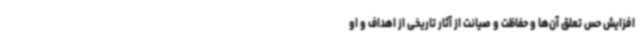
افزایش حس تعلق آن‌ها و حفاظت و صیانت از آثار تاریخی از اهداف و او